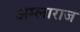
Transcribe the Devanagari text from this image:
अम्लाराज